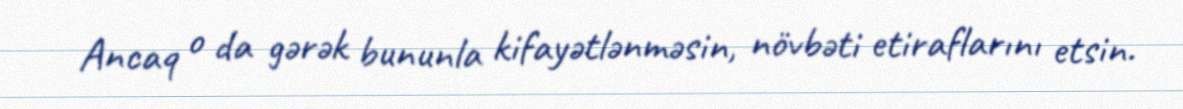
Ancaq o da gərək bununla kifayətlənməsin, növbəti etiraflarını etsin.